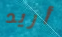
أريد